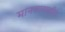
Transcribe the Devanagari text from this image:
मानवासहीत